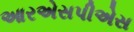
આરએસપીએસ